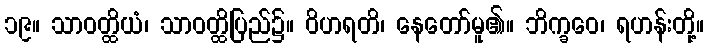
၁၉။ သာဝတ္ထိယံ၊ သာဝတ္ထိပြည်၌။ ဝိဟရတိ၊ နေတော်မူ၏။ ဘိက္ခဝေ၊ ရဟန်းတို့။